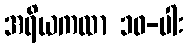
အရိယကထာ ၁၀-ပါး